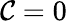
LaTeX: \mathcal{C}=0